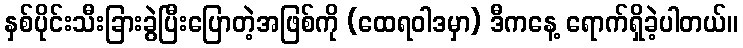
နှစ်ပိုင်းသီးခြားခွဲပြီးပြောတဲ့အဖြစ်ကို (ထေရဝါဒမှာ) ဒီကနေ့ ရောက်ရှိခဲ့ပါတယ်။